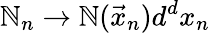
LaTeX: \mathbb{N}_{n}\rightarrow\mathbb{N}(\vec{{x}}_{n})d^{d}x_{n}